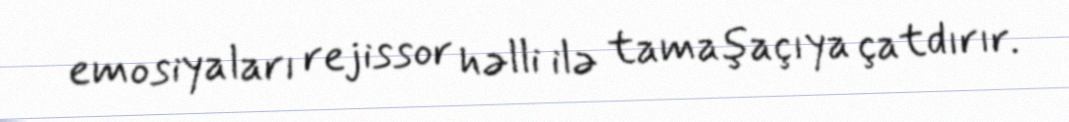
emosiyaları rejissor həlli ilə tamaşaçıya çatdırır.